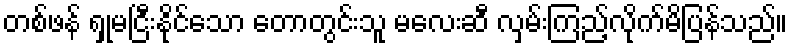
တစ်ဖန် ရှုမငြီးနိုင်သော တောတွင်းသူ မလေးဆီ လှမ်းကြည့်လိုက်မိပြန်သည်။